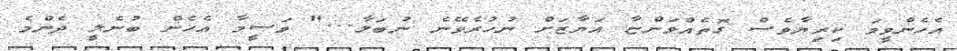
އެހެންވީމަ ކިރިޔާވެސް ގޮތެއްވަންޏާ އަޔާޒަށް ނުހުރެވޭނެ ނުބަލާ..." ވަސީމާ އެހެން ބުނެލީ ދެންމެ